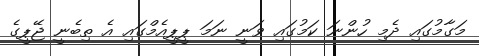
މަގާމުގައި ދެމި ހުންނަ ކަމުގައި ވަނީ ނަމަ ޕީޕީއެމްގައި އެ ތިބެނީ ޖޭޕީގެ